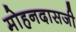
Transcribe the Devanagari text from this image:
मोहनदासजी